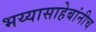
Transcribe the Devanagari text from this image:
भय्यासाहेबांनीच